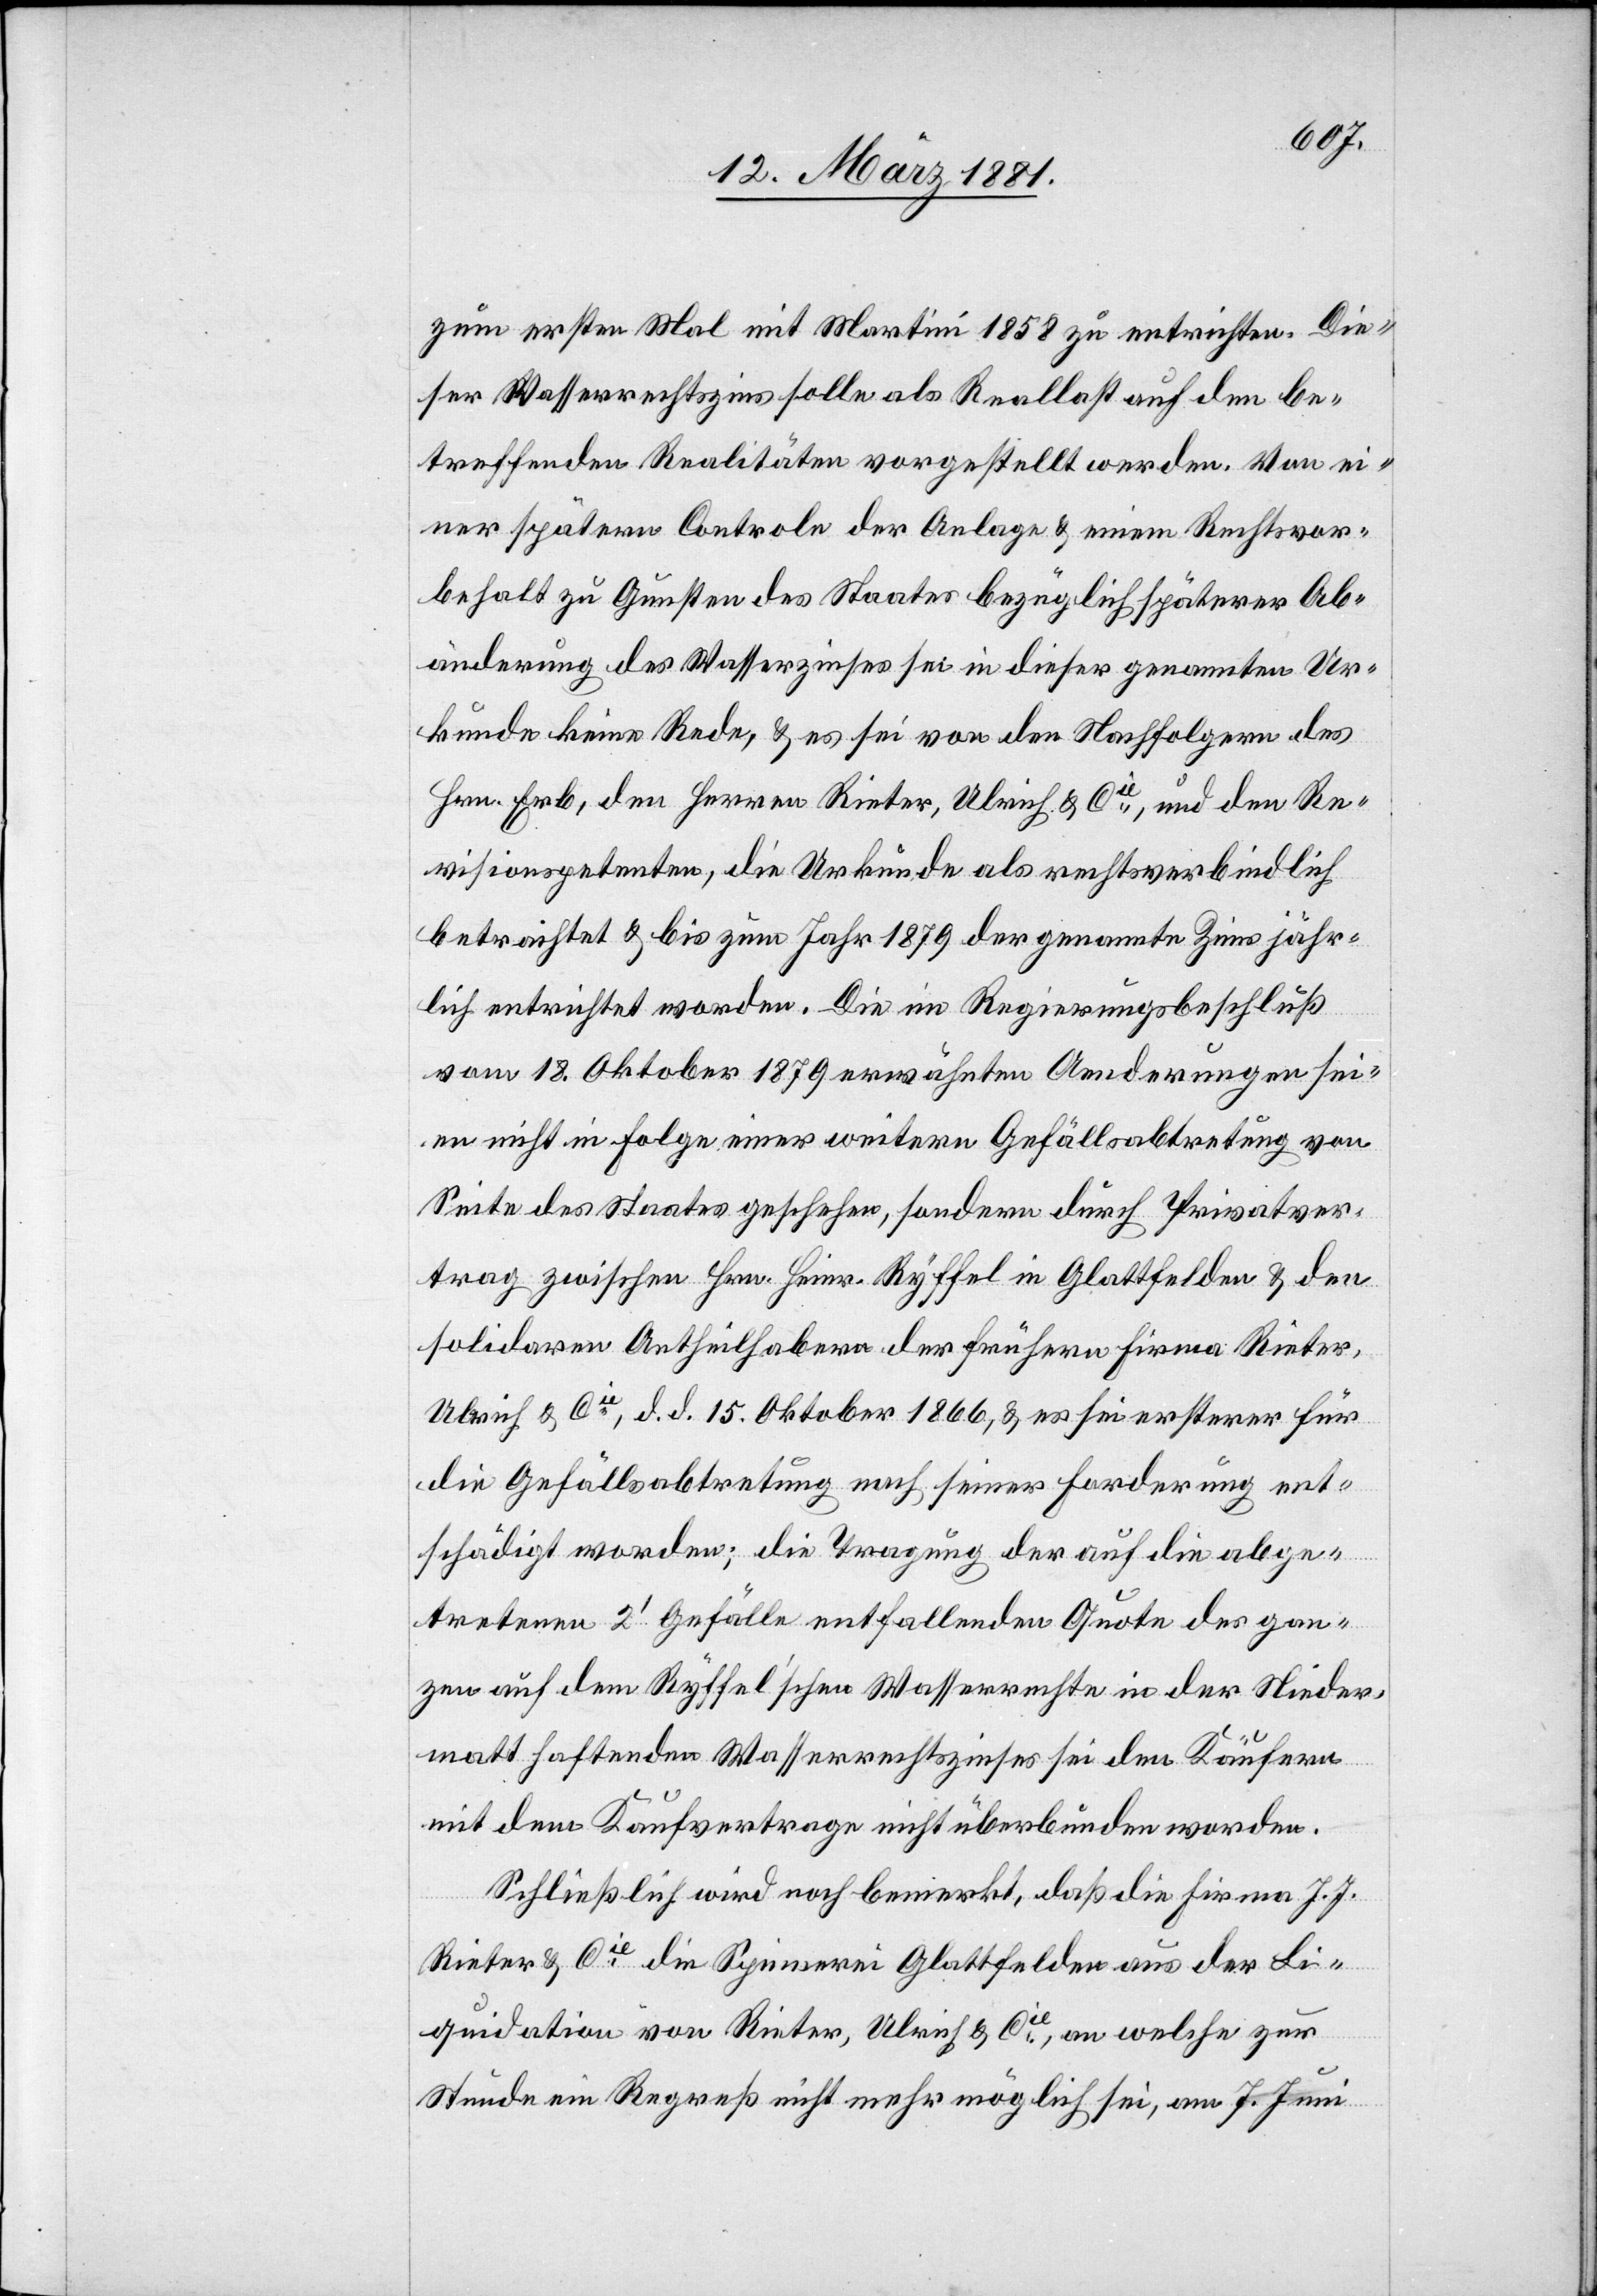
zum ersten Mal mit Martini 1858 zu entrichten. Die¬
ser Wasserrechtszins solle als Reallast auf den be¬
treffenden Realitäten vorgestellt werden. Von ei¬
ner spätern Controle der Anlage & einem Rechtsvor¬
behalt zu Gunsten des Staates bezüglich späterer Ab¬
änderung des Wasserzinses sei in dieser genannten Ur¬
kunde keine Rede, & es sei von den Nachfolgern des
Hrn. Erb, den Herren Rieter, Ulrich & Cie, und den Re¬
visionspetenten, die Urkunde als rechtsverbindlich
betrachtet & bis zum Jahr 1879 der genannte Zins jähr¬
lich entrichtet worden. Die im Regierungsbeschluß
vom 18. Oktober 1879 erwähnten Aenderungen sei¬
en nicht in Folge einer weitern Gefällsabtretung von
Seite des Staates geschehen, sondern durch Privatver¬
trag zwischen Hrn. Heinr. Ryffel in Glattfelden & den
solideren Antheilhabern der frühern Firma Rieter,
Ulrich & Cie, d. d. 15. Oktober 1866, & es sei ersterer für
die Gefällsabtretung nach seiner Forderung ent¬
schädigt worden; die Tragung der auf die abge¬
tretenen 2‘ Gefälle entfallenden Quote des gan¬
zen auf dem Ryffel’schen Wasserrechte in der Nieder¬
matt haftenden Wasserrechtszinses sei den Käufern
mit dem Kaufvertrage nicht überbunden worden.
Schließlich wird noch bemerkt, daß die Firma J. J.
Rieter & Cie die Spinnerei Glattfelden aus der Li¬
quidation von Rieter, Ulrich & Cie, an welche zur
Stunde ein Regreß nicht mehr möglich sei, am 7. Juni